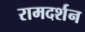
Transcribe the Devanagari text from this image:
रामदर्शन